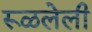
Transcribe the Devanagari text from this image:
रूळलेली